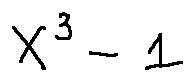
X ^ { 3 } - 1